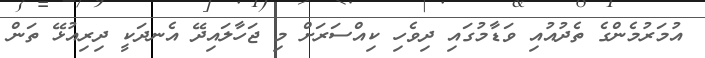
އުމަރުމެންގެ ތެދުއުއި ވަޑާމުގައި ދިވެހި ކިއްސަރަށް މި ޖަހާލައިދޭ އެނދަކީ ދިރިއުޅޭ ތަން